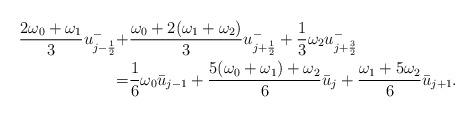
LaTeX: \begin{align*}\frac{2\omega_0+\omega_1}{3}u_{j-\frac{1}{2}}^{-}+&\frac{\omega_0+2(\omega_1+\omega_2)}{3}u_{j+\frac{1}{2}}^{-}+\frac{1}{3}\omega_2u_{j+\frac{3}{2}}^{-} \\=&\frac{1}{6}\omega_0\bar{u}_{j-1}+\frac{5(\omega_0+\omega_1)+\omega_2}{6}\bar{u}_j+\frac{\omega_1+5\omega_2}{6}\bar{u}_{j+1}.\end{align*}